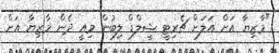
"މާޒިޔާ އަށް އަލަށް ޗެރިޓީ ޝީލްޑް ލިބުން މިއީ ދެން މާޒިޔާ އަށް